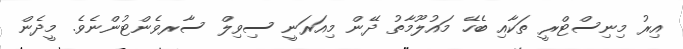
އިރު މިނިސްޓްރީ ތަކާއި ބެހޭ މައުލޫމާތު ދޭން މިއަރަނީ ސިވިލް ސާރވެންޓުންނެވެ. މީދެން